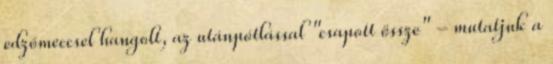
edzőmeccsel hangolt, az utánpótlással "csapott össze" - mutatjuk a